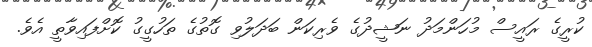
ކުރީގެ ރައީސް މުހަންމަދު ނަޝީދުގެ ވެރިކަން ބަދަލުވި ގޮތުގެ ތަހުގީގު ކޮށްފައިވާތީ އެވެ.